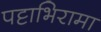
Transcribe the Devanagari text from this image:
पट्टाभिरामा